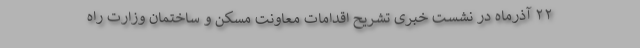
۲۲ آذرماه در نشست خبری تشریح اقدامات معاونت مسکن و ساختمان وزارت راه